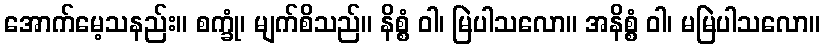
အောက်မေ့သနည်း။ စက္ခုံ၊ မျက်စိသည်။ နိစ္စံ ဝါ၊ မြဲပါသလော။ အနိစ္စံ ဝါ၊ မမြဲပါသလော။